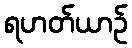
ရဟတ်ယာဉ်